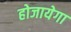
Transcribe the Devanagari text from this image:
होजायेगा